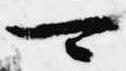
可